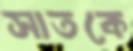
সাতকে